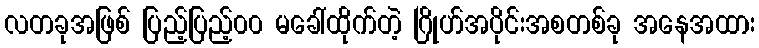
လတခုအဖြစ် ပြည့်ပြည့်၀၀ မခေါ်ထိုက်တဲ့ ဂြိုဟ်အပိုင်းအစတစ်ခု အနေအထား